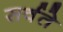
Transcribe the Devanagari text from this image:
सर्वते